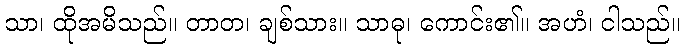
သာ၊ ထိုအမိသည်။ တာတ၊ ချစ်သား။ သာဓု၊ ကောင်း၏။ အဟံ၊ ငါသည်။